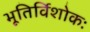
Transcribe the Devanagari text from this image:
भूतिर्विशोकः